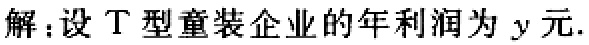
解：设T型童装企业的年利润为\(y\)元.